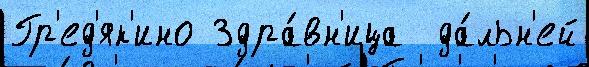
Гр'ед'як'ино Здра́вн'ица  да́льн'ей